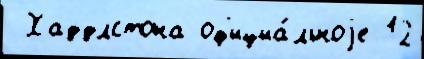
 Хаддлстона оф'ициа́льноjе 12